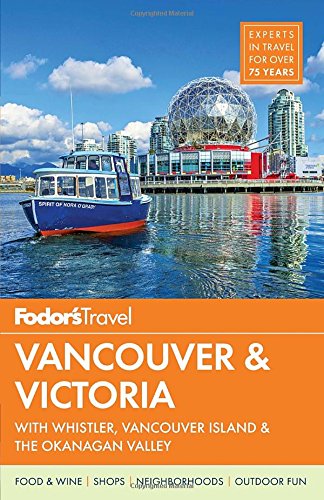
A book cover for Fodor's Vancouver & Victoria: with Whistler, Vancouver Island & the Okanagan Valley (Full-color Travel Guide); Fodor's; Travel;